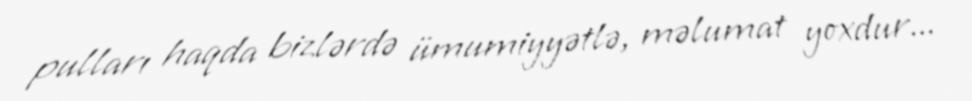
pulları haqda bizlərdə ümumiyyətlə, məlumat yoxdur...